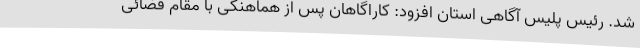
شد. رئیس پلیس آگاهی استان افزود: کاراگاهان پس از هماهنگی با مقام قضائی